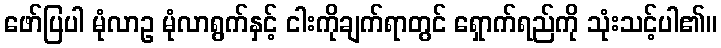
ဖော်ပြပါ မုံလာဥ မုံလာရွက်နှင့် ငါးကိုချက်ရာတွင် ရှောက်ရည်ကို သုံးသင့်ပါ၏။